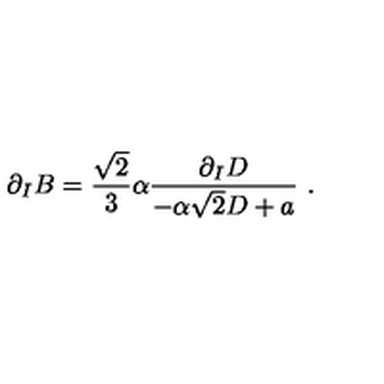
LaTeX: \partial _ { I } B = { \frac { \sqrt { 2 } } { 3 } } \alpha { \frac { \partial _ { I } D } { - \alpha \sqrt { 2 } D + a } } \ .